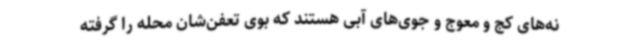
نه‌های کج و معوج و جوی‌های آبی هستند که بوی تعفن‌شان محله را گرفته